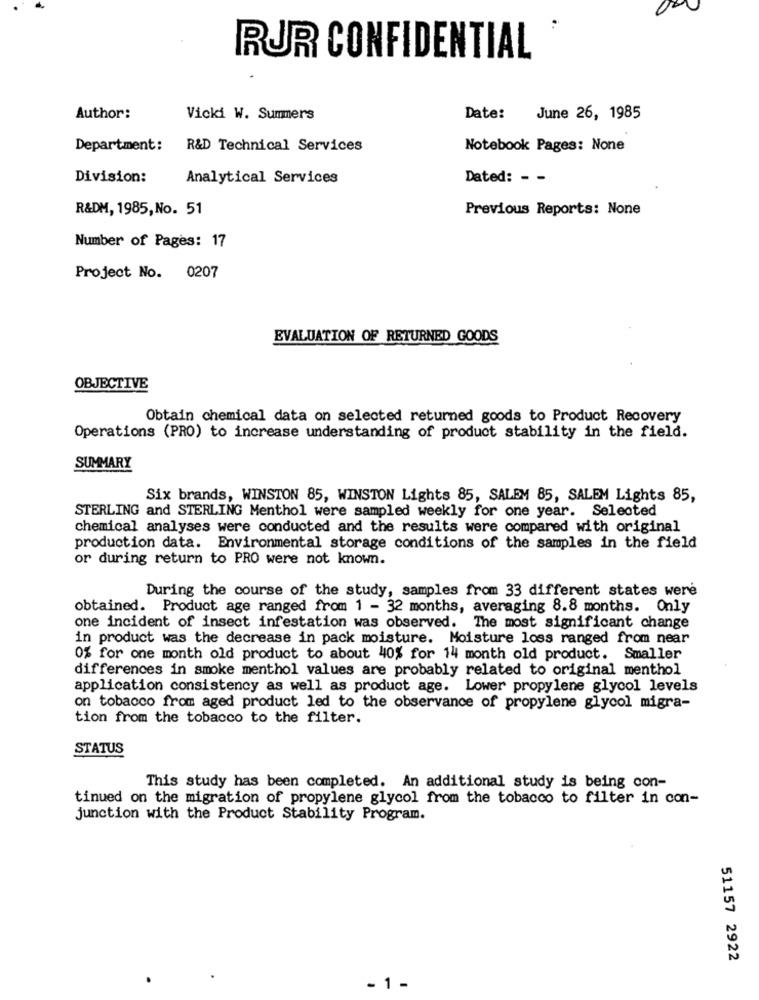
RUR CONFIDENTIAL
Author:
Vicki W. Summers
Date:
June 26, 1985
Department:
R&D Technical Services
Notebook Pages: None
Division:
Analytical Services
Dated: - -
R&DM, 1985, No. 51
Previous Reports: None
Number of Pages: 17
Project No. 0207
EVALUATION OF RETURNED GOODS
OBJECTIVE
Obtain chemical data on selected returned goods to Product Recovery
Operations (PRO) to increase understanding of product stability in the field.
SUMMARY
Six brands, WINSTON 85, WINSTON Lights 85, SALEM 85, SALEM Lights 85,
STERLING and STERLING Menthol were sampled weekly for one year. Selected
chemical analyses were conducted and the results were compared with original
production data. Environmental storage conditions of the samples in the field
or during return to PRO were not known.
During the course of the study, samples from 33 different states were
obtained. Product age ranged from 1 - 32 months, averaging 8.8 months. Only
one incident of insect infestation was observed. The most significant change
in product was the decrease in pack moisture. Moisture loss ranged from near
0% for one month old product to about 40% for 14 month old product. Smaller
differences in smoke menthol values are probably related to original menthol
application consistency as well as product age. Lower propylene glycol levels
on tobacco from aged product led to the observance of propylene glycol migra-
tion from the tobacco to the filter.
STATUS
This study has been completed. An additional study is being con-
tinued on the migration of propylene glycol from the tobacco to filter in con-
junction with the Product Stability Program.
51157 2922
- 1 -